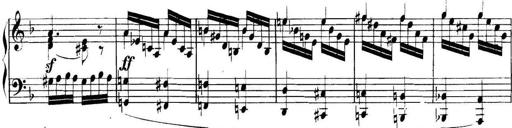
Title: Collected Piano Sonatas
Composer: Muzio Clementi